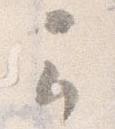
云